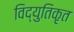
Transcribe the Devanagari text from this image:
विद्युतिकृत